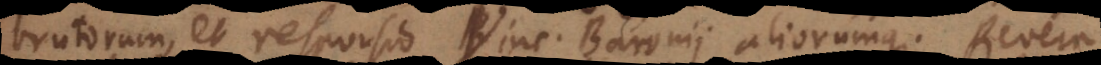
brutorum, et responsio Vinc. Baronii aliorumque. Revera